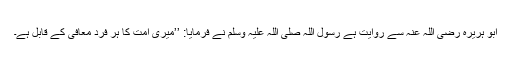
ابو ہریرہ رضی اللہ عنہ سے روایت ہے رسول اللہ صلی اللہ علیہ وسلم نے فرمایا: ’’میری امت کا ہر فرد معافی کے قابل ہے۔